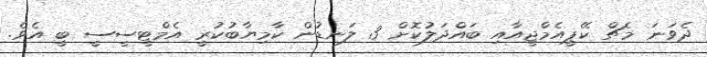
ދެވަނަ މެޗް ކޭޕީއެމްޖީއާއި ބައްދަލުކޮށް 3 ލަނޑުން ކާމިޔާބުކުރީ އެމްޓީސީސީ ބީ އެވެ.